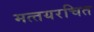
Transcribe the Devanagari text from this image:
मत्‍तयरचित